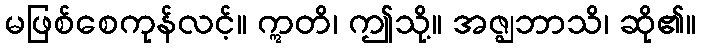
မဖြစ်စေကုန်လင့်။ ဣတိ၊ ဤသို့။ အဇ္ဈဘာသိ၊ ဆို၏။